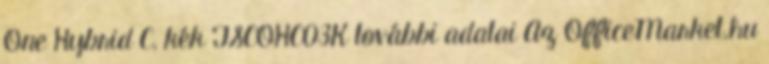
One Hybrid C, kék TSCOHC03K további adatai Az OfficeMarket.hu